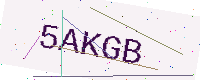
Text: 5AKGB